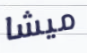
ميشا